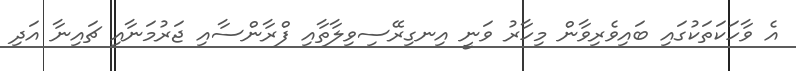
އެ ވާހަކަތަކުގައި ބައިވެރިވާން މިހާރު ވަނީ އިނގިރޭސިވިލާތާއި ފްރާންސާއި ޖަރުމަނާއި ޗައިނާ އަދި